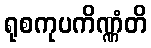
ရုစကုပကိဏ္ဏံတိ